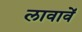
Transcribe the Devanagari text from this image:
लावावें